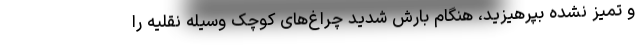
و تمیز نشده بپرهیزید، هنگام بارش شدید چراغ‌های کوچک وسیله نقلیه را